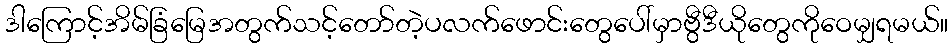
ဒါကြောင့်အိမ်ခြံမြေအတွက်သင့်တော်တဲ့ပလက်ဖောင်းတွေပေါ်မှာဗွီဒီယိုတွေကိုဝေမျှရမယ်။